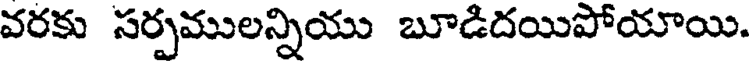
వరకు సర్పములన్నియు బూడిదయిపోయాయి.